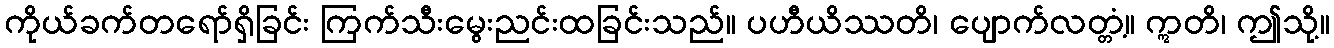
ကိုယ်ခက်တရော်ရှိခြင်း ကြက်သီးမွေးညင်းထခြင်းသည်။ ပဟီယိဿတိ၊ ပျောက်လတ္တံ့။ ဣတိ၊ ဤသို့။